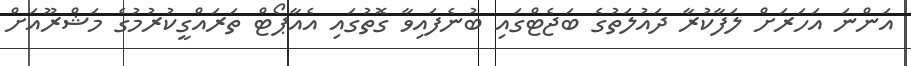
އަންނަ އަހަރަށް ލަފާކުރާ ދައުލަތުގެ ބަޖެޓްގައި ބުނެފައިވާ ގޮތުގައި އެއާޕޯޓް ތަރައްގީކުރުމުގެ މަޝްރޫއަށް